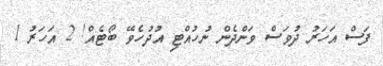
ފަސް އަހަރު ދުވަސް ވަންދެން ނުހުއްޓި އުދުހެވޭ ބޯޓެއް! 2 އަހަރު 1